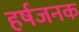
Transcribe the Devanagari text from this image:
हर्षजनक